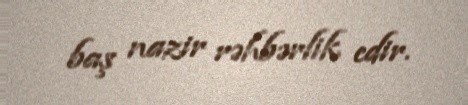
baş nazir rəhbərlik edir.